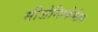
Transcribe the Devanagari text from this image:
मीजेन्सिफेलिक